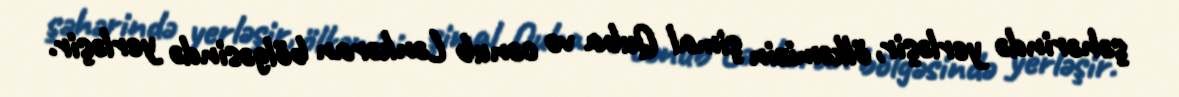
şəhərində yerləşir, ölkəmizin şimal Quba və cənub Lənkəran bölgəsində yerləşir.